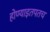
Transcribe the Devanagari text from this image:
होण्याइतपतच